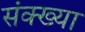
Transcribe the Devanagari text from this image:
संक्ख्या